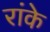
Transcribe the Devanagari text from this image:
रांके